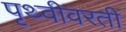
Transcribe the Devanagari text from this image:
पृथ्वीवरती